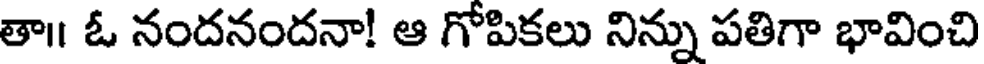
తా॥ ఓ నందనందనా! ఆ గోపికలు నిన్ను పతిగా భావించి